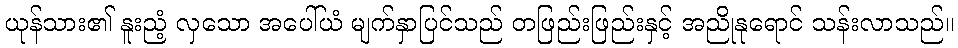
ယုန်သား၏ နူးညံ့ လှသော အပေါ်ယံ မျက်နှာပြင်သည် တဖြည်းဖြည်းနှင့် အညိုနုရောင် သန်းလာသည်။